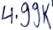
Text: 4.99K